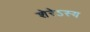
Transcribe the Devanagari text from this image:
शेरेऽस्य